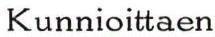
Kunnioittaen